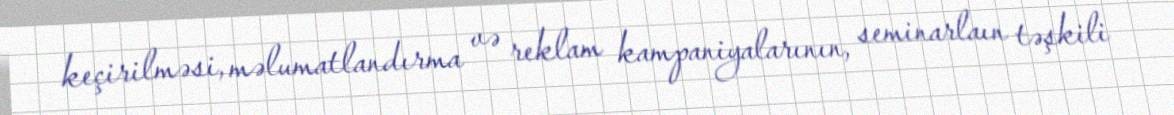
keçirilməsi, məlumatlandırma və reklam kampaniyalarının, seminarlaın təşkili